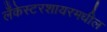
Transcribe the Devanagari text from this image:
लँकेस्टरशायरमधील